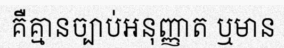
គឺគ្មានច្បាប់អនុញ្ញាត ឬមាន